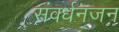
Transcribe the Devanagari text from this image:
संवर्धनजन